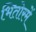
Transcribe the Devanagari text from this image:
भितोरमें